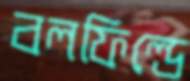
বলফিল্ডে